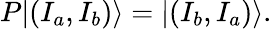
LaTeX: P|(I_{a},I_{b})\rangle=|(I_{b},I_{a})\rangle.